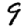
Digit: 9